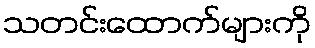
သတင်းထောက်များကို